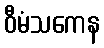
ဝီမံသကေန